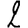
Digit: 2